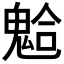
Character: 𩳋